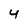
Character: 4